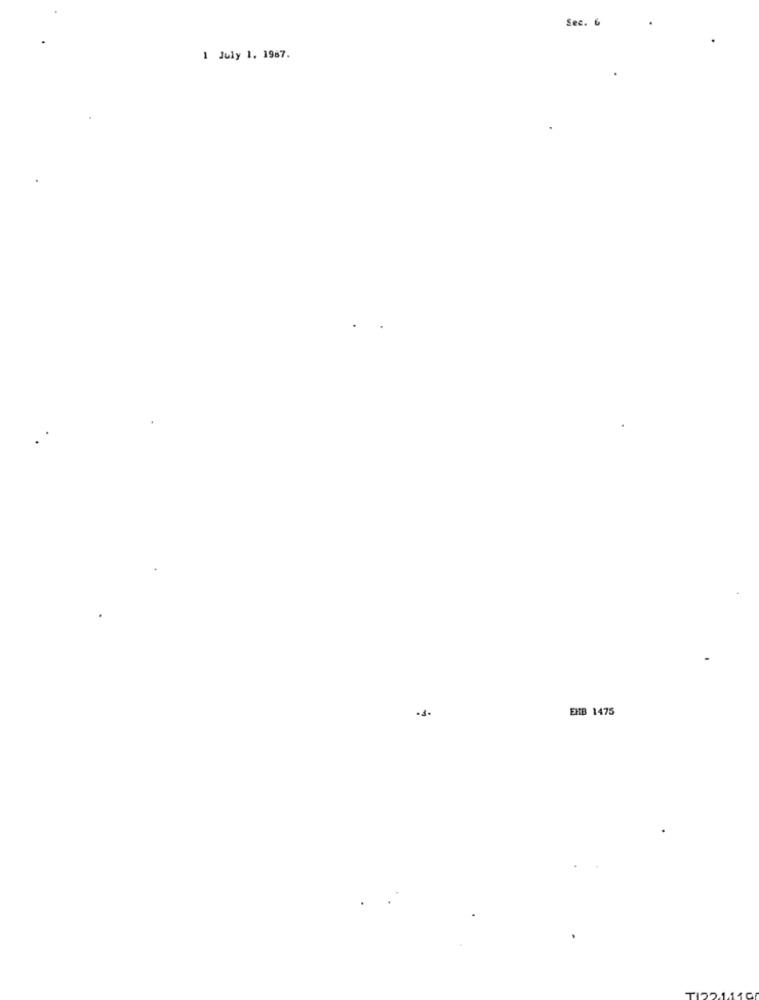
Sec. 6
1 July 1. 1987.
EHB 1475